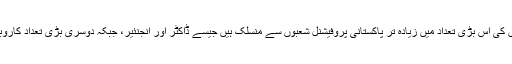
امریکہ میں موجود پاکستانیوں کی اس بڑی تعداد میں زیادہ تر پاکستانی پروفیشنل شعبوں سے منسلک ہیں جیسے ڈاکٹر اور انجنئیر، جبکہ دوسری بڑی تعداد کاروباری شعبے سے منسلک ہے۔